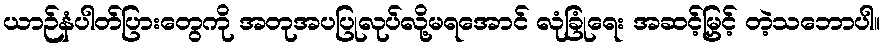
ယာဉ်နံပါတ်ပြားတွေကို အတုအပပြုလုပ်လို့မရအောင် လုံခြုံရေး အဆင့်မြှင့် တဲ့သဘောပါ။